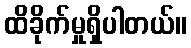
ထိခိုက်မှုရှိပါတယ်။